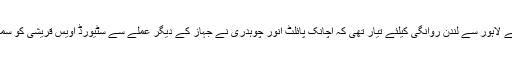
تفصیلات کے مطابق پی آئی اے کی پرواز پی کے 757 رات 9 بجے لاہور سے لندن روانگی کیلئے تیار تھی کہ اچانک پائلٹ انور چوہدری نے جہاز کے دیگر عملے سے سٹیورڈ اویس قریشی کو سمگلنگ کا الزام عائد کرتے ہوئے جہاز سے نیچے اتارنے کیلئے کہا ۔